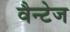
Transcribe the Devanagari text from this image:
वैन्टेज